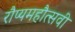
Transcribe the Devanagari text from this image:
रौप्यमहौत्सवी